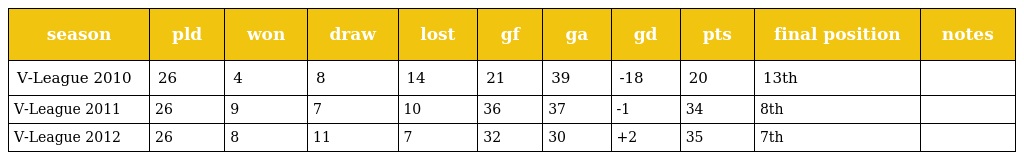
| season | pld | won | draw | lost | gf | ga | gd | pts | final position | notes |
 | --- | --- | --- | --- | --- | --- | --- | --- | --- | --- | --- |
 | V-League 2010 | 26 | 4 | 8 | 14 | 21 | 39 | -18 | 20 | 13th |  |
 | V-League 2011 | 26 | 9 | 7 | 10 | 36 | 37 | -1 | 34 | 8th |  |
 | V-League 2012 | 26 | 8 | 11 | 7 | 32 | 30 | +2 | 35 | 7th |  |